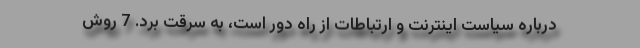
درباره سیاست اینترنت و ارتباطات از راه دور است، به سرقت برد. 7 روش